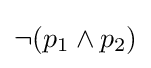
\neg (p_{1}\wedge p_{2})